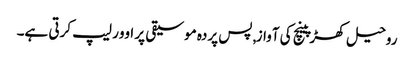
روحیل کھڑپینچ کی آواز, پس پردہ موسیقی پر اوور لیپ کرتی ہے۔